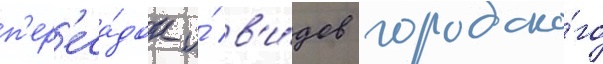
п'ер'еса́док и́ в'и́дов городско́го